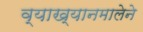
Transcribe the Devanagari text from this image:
व्याख्यानमालेने